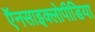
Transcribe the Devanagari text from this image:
ऍनसाइक्लोपीडिया